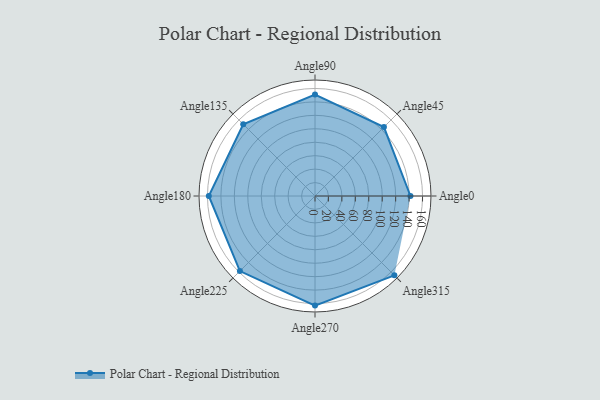
{"axis": {"x": "Angle", "y": "Radius"}, "legend": [""], "data": [{"x": "Angle0", "y": 142.0, "type": ""}, {"x": "Angle45", "y": 145.0, "type": ""}, {"x": "Angle90", "y": 151.0, "type": ""}, {"x": "Angle135", "y": 151.0, "type": ""}, {"x": "Angle180", "y": 158.0, "type": ""}, {"x": "Angle225", "y": 158.0, "type": ""}, {"x": "Angle270", "y": 163.0, "type": ""}, {"x": "Angle315", "y": 167.0, "type": ""}]}